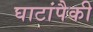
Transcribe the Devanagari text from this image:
घाटांपैकी